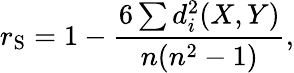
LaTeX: r_{\mathrm{S}}=1-{\frac{6\sum d_{i}^{2}(X,Y)}{n(n^{2}-1)}},